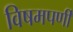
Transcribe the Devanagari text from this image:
विषमपर्णी